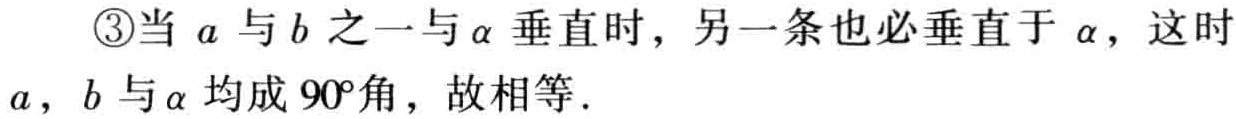
\textcircled{3}当\(a\)与\(b\)之一与\(\alpha\)垂直时，另一条也必垂直于\(\alpha\)，这时\(a\)，\(b\)与\(\alpha\)均成\(90^{\circ}\)角，故相等.